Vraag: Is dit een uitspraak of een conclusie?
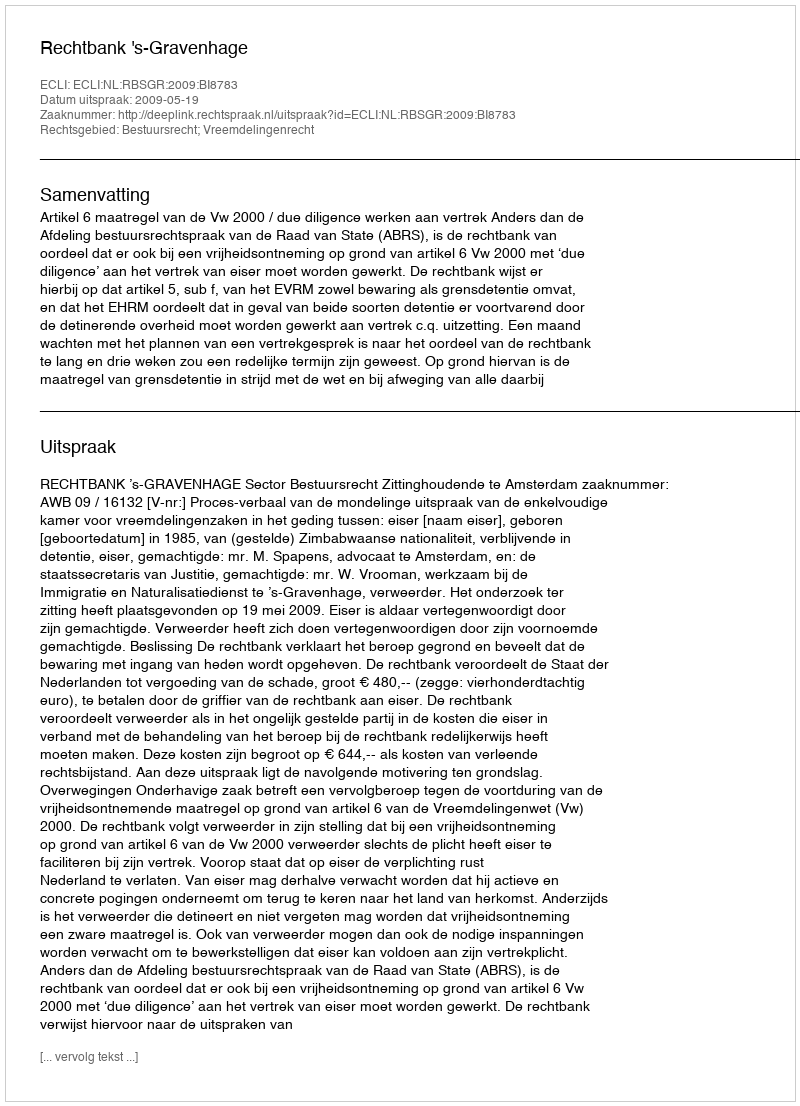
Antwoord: Uitspraak